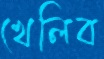
খেলিব